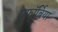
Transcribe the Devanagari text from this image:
यूफॉर्बिया